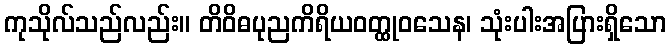
ကုသိုလ်သည်လည်း။ တိဝိဓပုညကိရိယဝတ္ထုဝသေန၊ သုံးပါးအပြားရှိသော